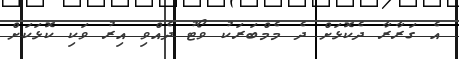
އެ ގަރާރާ ދެކޮޅަށް ދެ މެމްބަރަކު ވޯޓު ދެއްވި އިރު ވަކި ކޮޅަކަށް